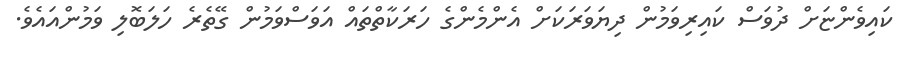
ކައިވެންޏަށް ދުވަސް ކައިރިވަމުން ދިޔަވަރަކަށް އެންމެންގެ ހަރަކާތްތައް އަވަސްވަމުން ގޭތެރެ ހަލަބޮލި ވަމުންއައެވެ.